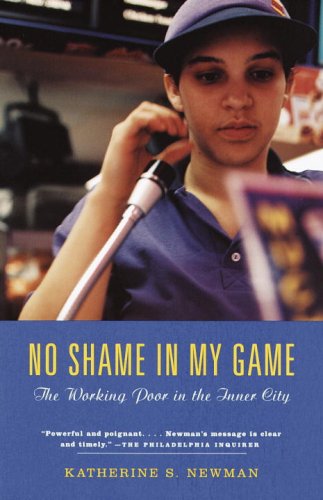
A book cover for No Shame in My Game: The Working Poor in the Inner City; Katherine S. Newman; Politics & Social Sciences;